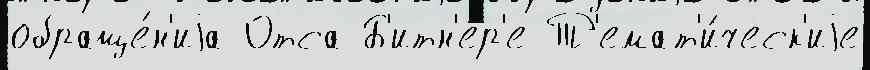
обраще́н'иjа Отса Б'итн'ер'е Т'емат'и́ческ'иjе